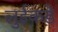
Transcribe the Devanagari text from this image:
लुईकडे